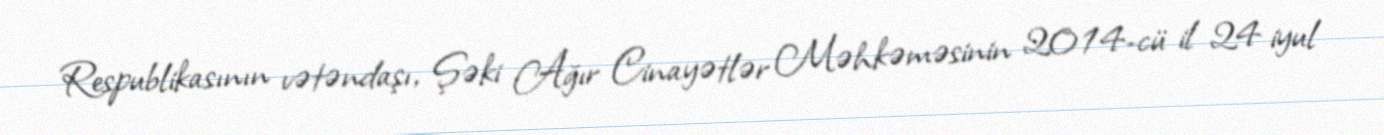
Respublikasının vətəndaşı, Şəki Ağır Cinayətlər Məhkəməsinin 2014-cü il 24 iyul